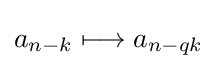
a_{n-k}\longmapsto a_{n-qk}